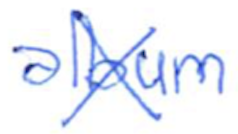
Text: album
Cross-out: cross
Writing tool: ballpoint